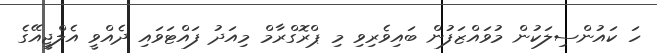
ހަ ކައުންސިލަކުން މުވައްޒަފުން ބައިވެރިވި މި ޕްރޮގްރާމް މިއަދު ފައްޓަވައި ދެއްވީ އެލްޖީއޭގެ